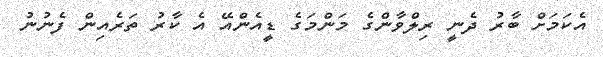
އެކަމަށް ބާރު ދެނީ ރިލްވާންގެ މަންމަގެ ޑީއެންއޭ އެ ކާރު ތަރެއިން ފެނުނު